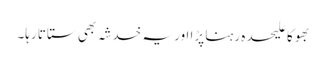
بھوکا علیحدہ رہنا پڑا اور یہ خدشہ بھی ستاتا رہا۔